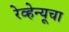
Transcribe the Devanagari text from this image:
रेव्हेन्यूचा